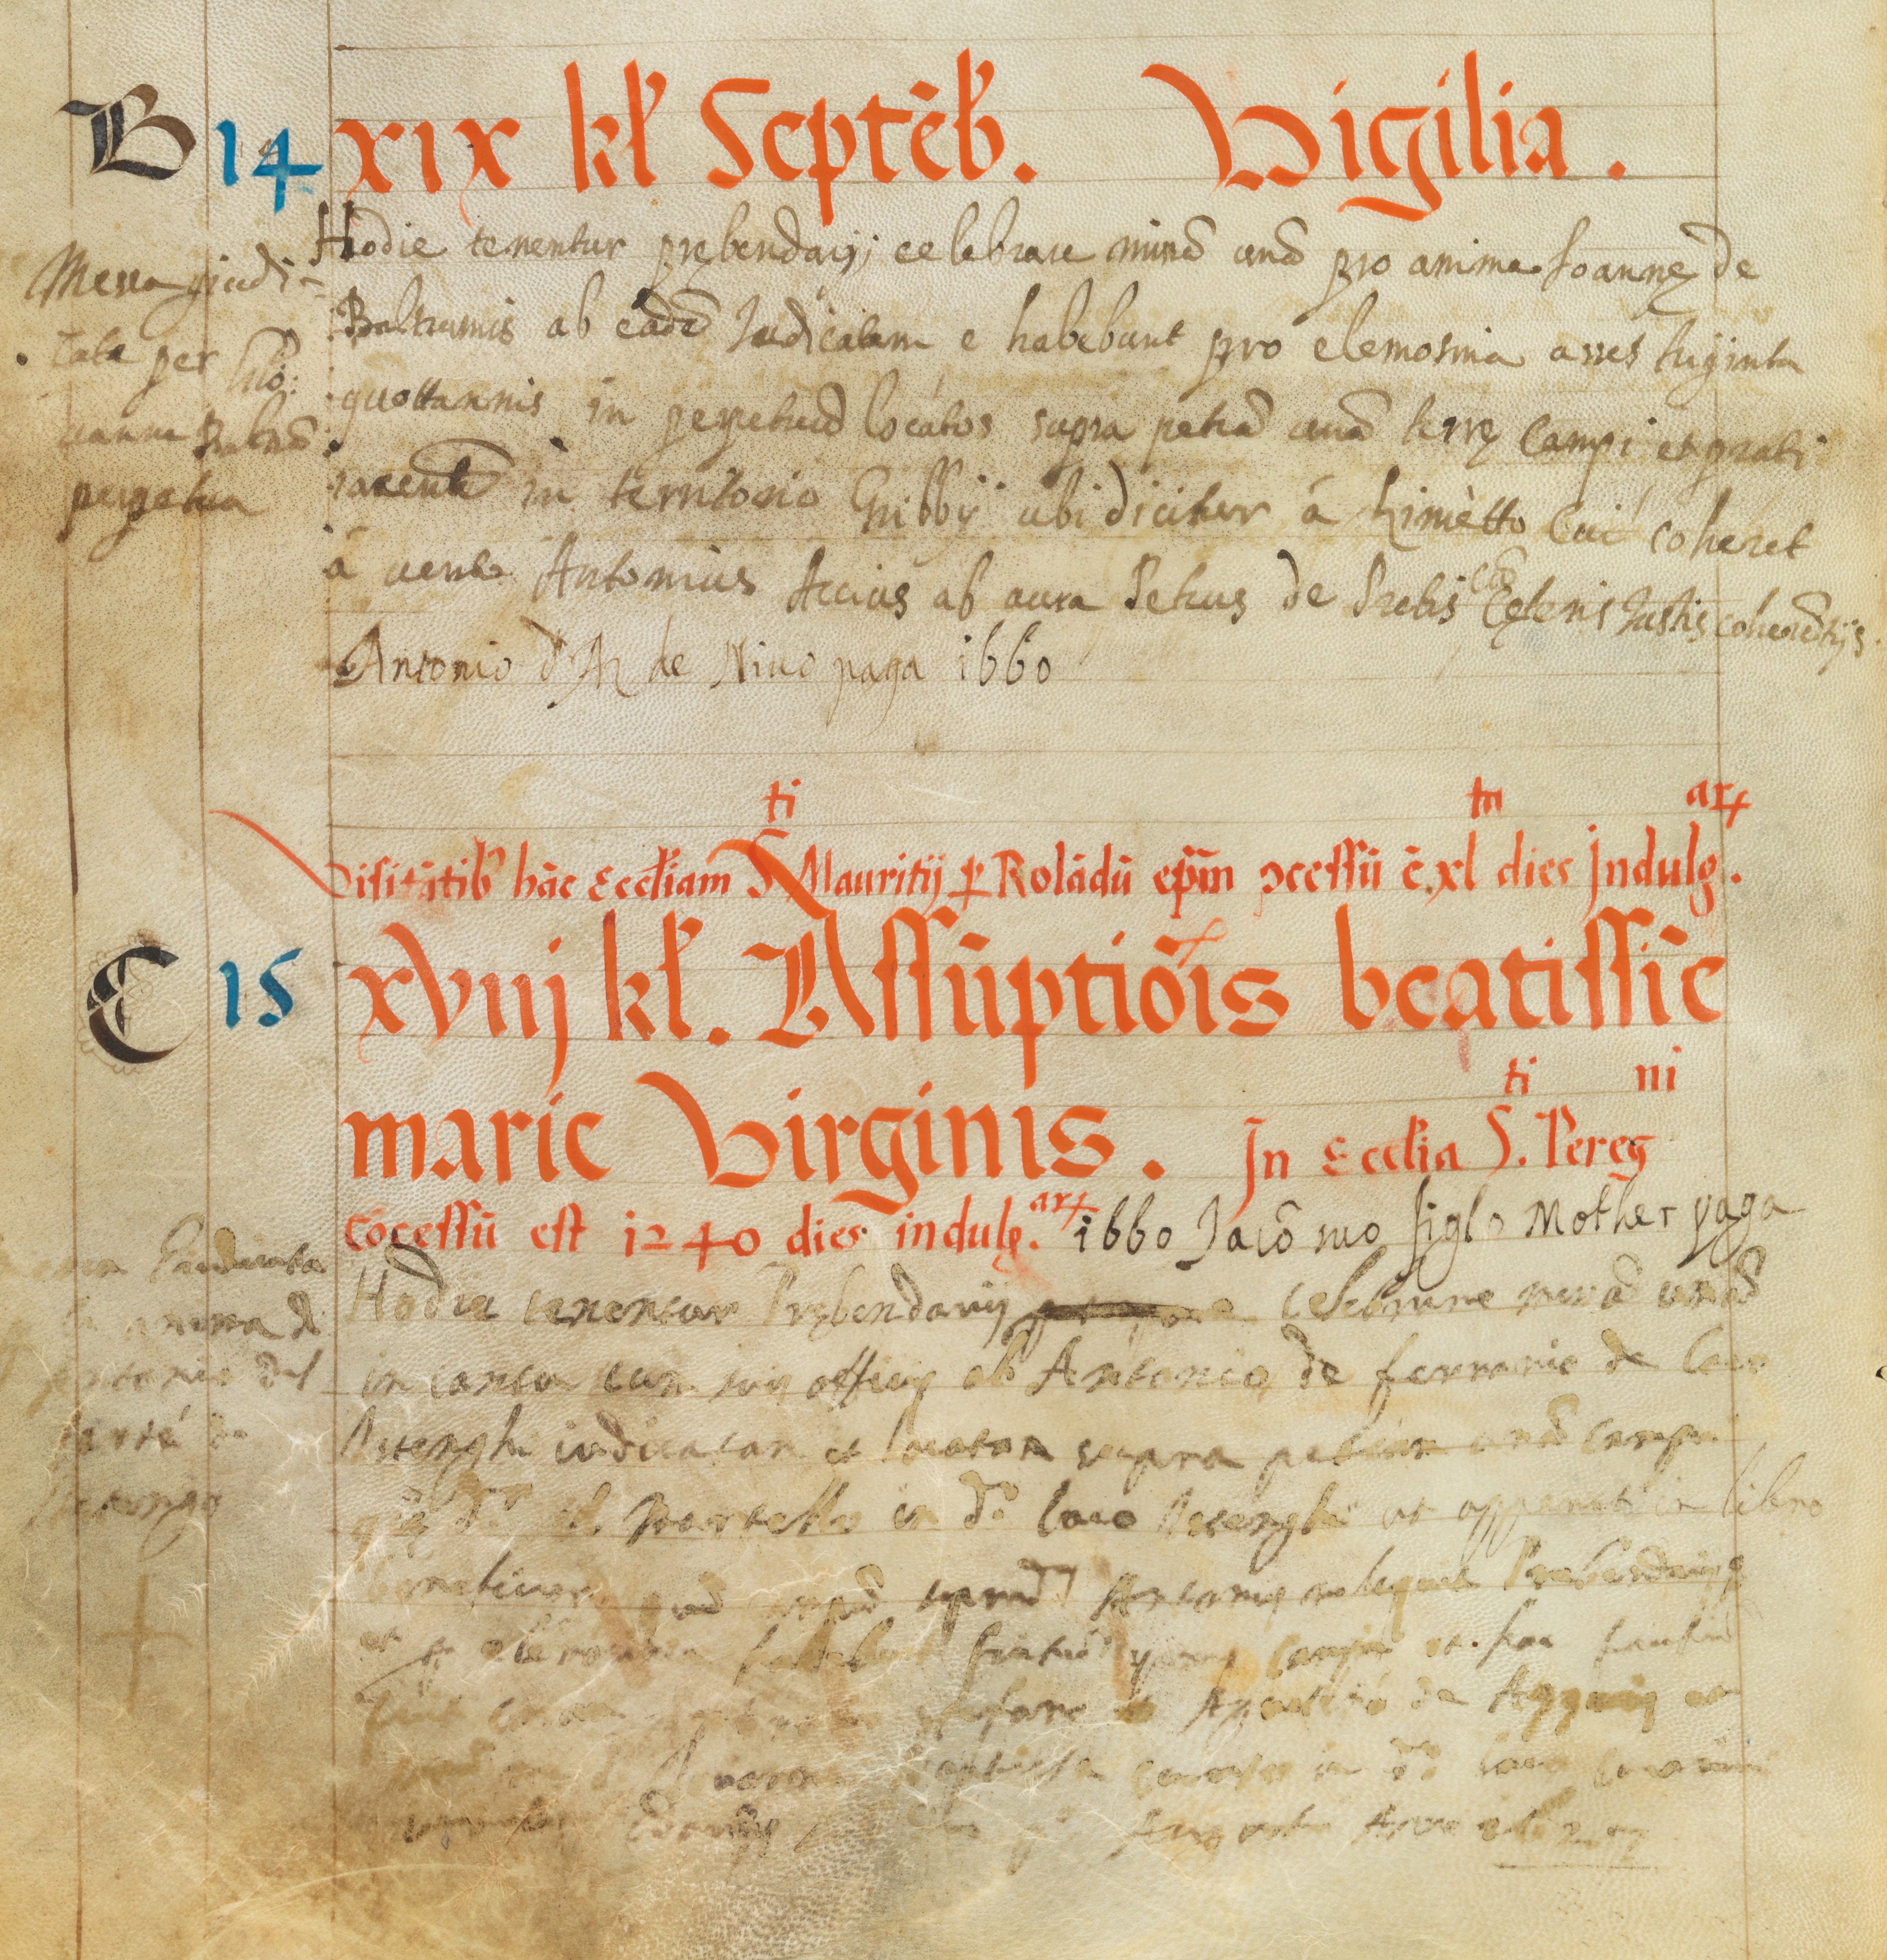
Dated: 1545–1555